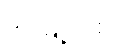
ဒဂုံမြို့သစ်